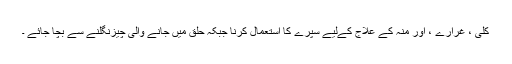
کلی ، غرارے ، اور منہ کے علاج کےلیے سپرے کا استعمال کرنا جبکہ حلق میں جانے والی چيزنگلنے سے بچا جائے ۔